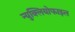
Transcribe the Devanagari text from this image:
न्युक्लियोफाइल